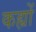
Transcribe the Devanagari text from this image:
कह्यों